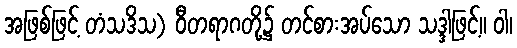
အဖြစ်ဖြင့် တံသဒိသ) ဝီတရာဂတို့၌ တင်စားအပ်သော သဒ္ဒါဖြင့်။ ဝါ၊